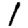
Digit: 1